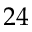
2 4